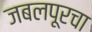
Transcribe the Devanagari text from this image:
जबलपूरचा